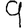
Digit: 9